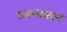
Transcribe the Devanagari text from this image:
प्रबन्धकार